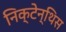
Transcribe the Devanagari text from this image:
निक्टेन्थिस